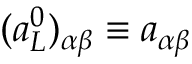
( a _ { L } ^ { 0 } ) _ { \alpha \beta } \equiv a _ { \alpha \beta }